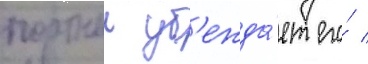
портнои уб'ежда́ет его́ /